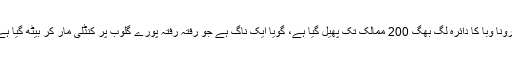
کرونا وَبا کا دائرہ لگ بھگ 200 ممالک تک پھیل گیا ہے، گویا ایک ناگ ہے جو رفتہ رفتہ پورے گلوب پر کنڈلی مار کر بیٹھ گیا ہے۔